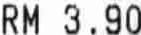
RM 3.90